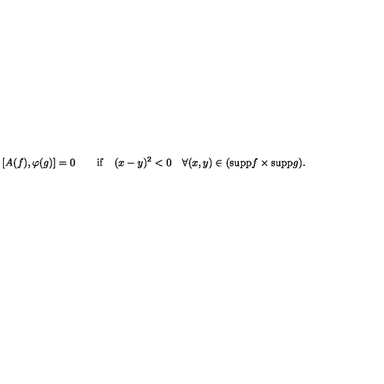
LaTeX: [ A ( f ) , \varphi ( g ) ] = 0 \quad \quad \mathrm { i f } \quad ( x - y ) ^ { 2 } < 0 \quad \forall ( x , y ) \in ( \mathrm { s u p p } f \times \mathrm { s u p p } g ) .